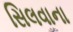
સિલવાના